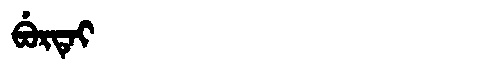
Manchu: ᠪᡠᡵᡨᡝᡳ
Romanization: BURTEI